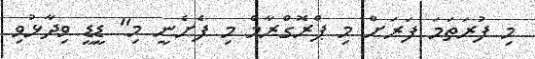
މި ފުރަތަމަ ފަރަށް މި ޕްރޮގްރާމް މި ފެށެނީ މި" ޑީޑީ ވިދާޅުވި